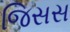
જિસસ